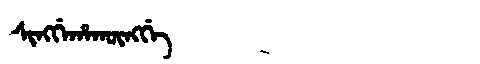
Manchu: ᠰᡳᠩᡤᡝᡥᠠᡴᡡᠩᡤᡝ
Romanization: SINGGEHAKŪNGGE